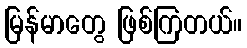
မြန်မာတွေ ဖြစ်ကြတယ်။